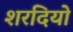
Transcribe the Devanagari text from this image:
शरदियो